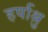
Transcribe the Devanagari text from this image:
हर्षाश्रु